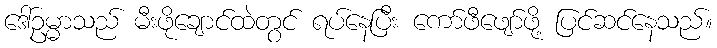
ဒေါ်ဥမ္မာသည် မီးဖိုချောင်ထဲတွင် ရပ်နေပြီး ကော်ဖီဖျော်ဖို့ ပြင်ဆင်နေသည်။